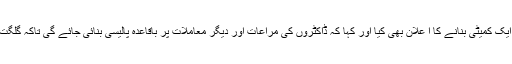
انہوں نے سیکریٹری صحت اور دیگر دو افسران کی نگرانی میں ایک کمیٹی بنانے کا ا علان بھی کیا اور کہا کہ ڈاکٹروں کی مراعات اور دیگر معاملات پر باقاعدہ پالیسی بنائی جائے گی تاکہ گلگت بلتستان میں کام کرنے کے لیئے ڈاکٹرزکو ترغیب دی جا سکے۔